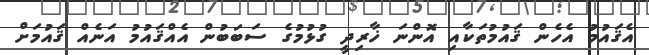
އެޤައުމު އެހެން ޤައުމުތަކާއި އޮންނަ ޚާރިދީ ގުޅުމުގެ ސަބަބުން އެއްޤައުމު އަނެއް ޤައުމަށް